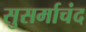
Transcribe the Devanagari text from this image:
सुसर्माचंद